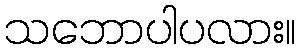
သဘောပါပလား။